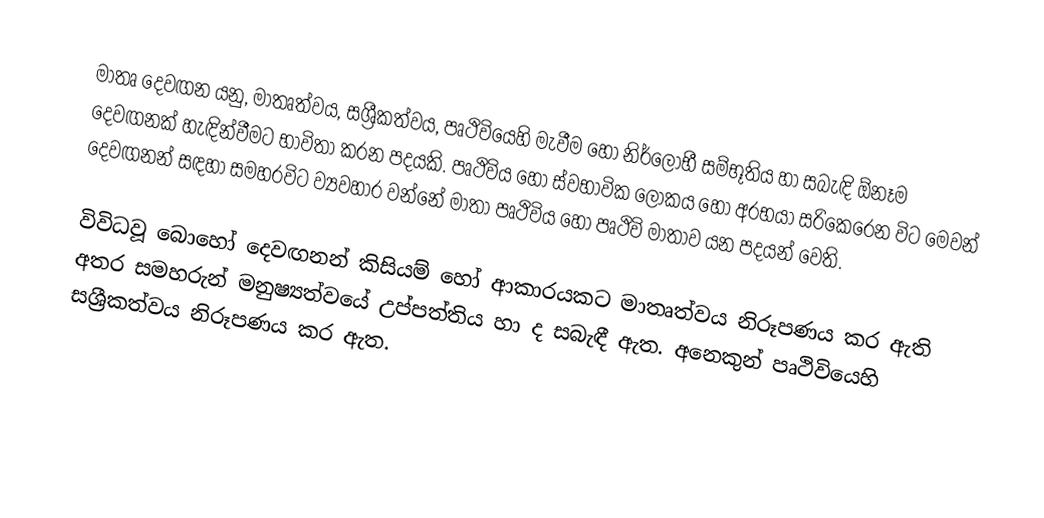
මාතෘ දෙවඟන යනු, මාතෘත්වය,  සශ්‍රීකත්වය, පෘථිවියෙහි මැවීම හෝ නිර්ලෝභී සම්භූතිය හා සබැඳි ඕනෑම දෙවඟනක් හැඳින්වීමට භාවිතා කරන පදයකි. පෘථිවිය හෝ ස්වභාවික ලෝකය හෝ අරභයා සරිකෙරෙන විට මෙවන් දෙවඟනන් සඳහා සමහරවිට ව්‍යවහාර වන්නේ මාතා පෘථිවිය හෝ පෘථිවි මාතාව යන පදයන් වෙති.

විවිධවූ බොහෝ දෙවඟනන් කිසියම් හෝ ආකාරයකට මාතෘත්වය නිරූපණය කර ඇති අතර සමහරුන් මනුෂ්‍යත්වයේ උප්පත්තිය හා ද සබැඳී ඇත. අනෙකුන් පෘථිවියෙහි සශ්‍රීකත්වය නිරූපණය කර ඇත.